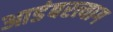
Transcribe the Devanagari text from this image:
आडंबरत्याग